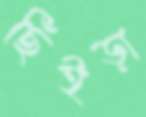
ছিঁইড়া